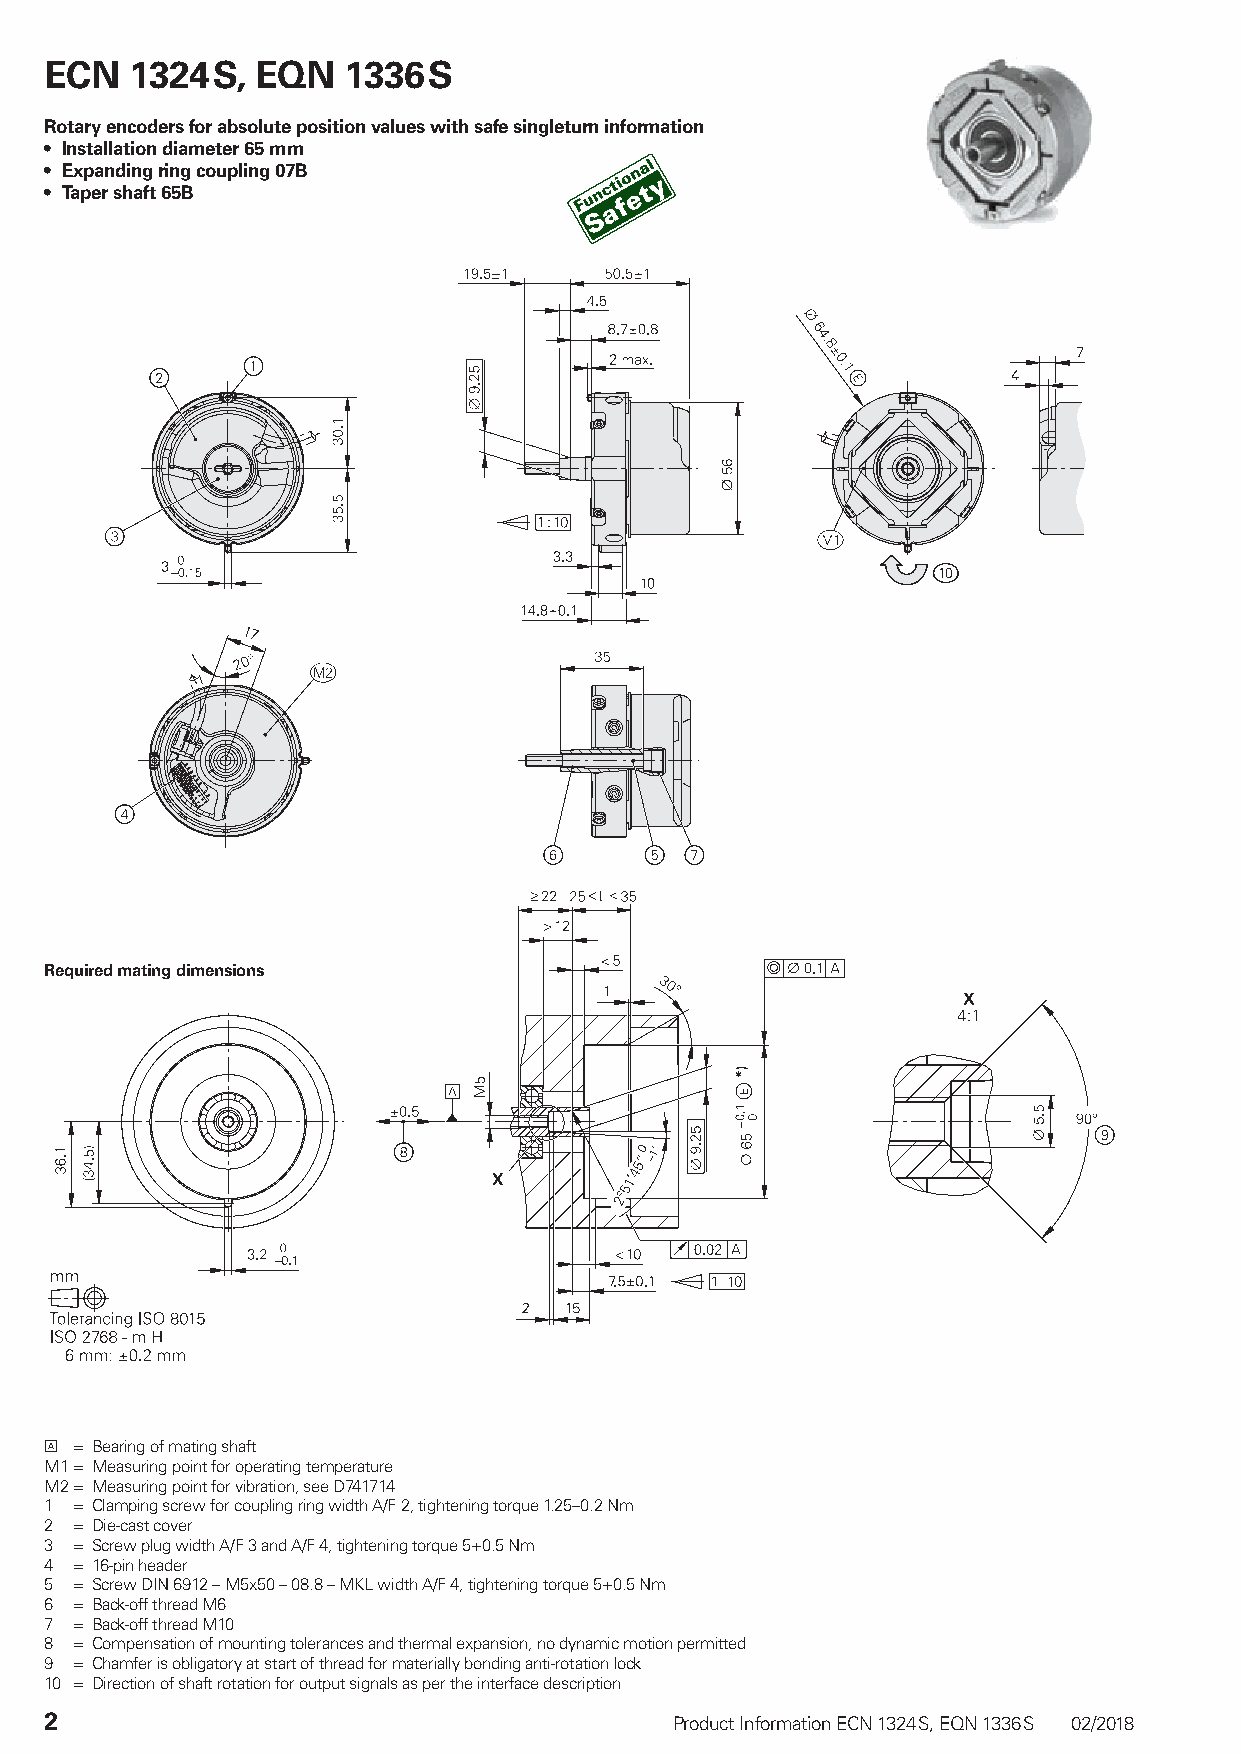
ECN   1324 S, EQN   1336 S
 Rotary encoders for absolute position values with safe singleturn information
 • Installation diameter 65 mm
 • Expanding ring coupling 07B
 • Taper shaft 65B
 Required mating dimensions
  = Bearing of mating shaft
 M1 = Measuring point for operating temperature
 M2 = Measuring point for vibration, see D741714
 1 = Clamping screw for coupling ring width A/F 2, tightening torque 1.25–0.2 Nm
 2 = Die-cast cover
 3 = Screw plug width A/F 3 and A/F 4, tightening torque 5+0.5 Nm
 4 = 16-pin header
 5 = Screw DIN 6912 – M5x50 – 08.8 – MKL width A/F 4, tightening torque 5+0.5 Nm
 6 = Back-off thread M6
 7 = Back-off thread M10
 8 = C ompensation of mounting tolerances and thermal expansion, no dynamic motion permitted
 9 = Chamfer is obligatory at start of thread for materially bonding anti-rotation lock
 10 = Direction of shaft rotation for output signals as per the interface description
 2                                         Product Information ECN 1324 S, EQN 1336 S 02/2018